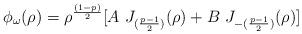
LaTeX: \begin{align*}\phi_\omega (\rho) = \rho^{(1-p)\over 2}[ A ~J_{({p-1 \over 2})}(\rho)+ B~J_{-({p-1 \over 2})}(\rho)] \end{align*}